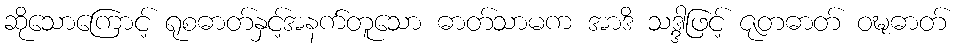
ဆိုသောကြောင့် ရုစဓာတ်နှင့်အနက်တူသော ဓာတ်သာမက အာဒိ သဒ္ဒါဖြင့် ဇုတဓာတ် ဝဍ္ဎဓာတ်